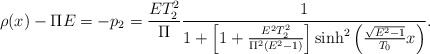
\begin{align*}\rho(x)-\Pi E =-p_{2} = \frac{ET_{2}^{2}}{\Pi}\frac{1}{1+\left[1+\frac{E^{2}T_{2}^{2}}{\Pi^{2}(E^{2}-1)}\right]{\rm sinh}^{2}\left(\frac{\sqrt{E^{2}-1}}{T_{0}}x\right)}.\end{align*}